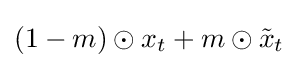
(1-m)\odot x_{t}+m\odot {\tilde {x}}_{t}